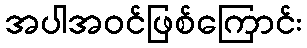
အပါအဝင်ဖြစ်ကြောင်း